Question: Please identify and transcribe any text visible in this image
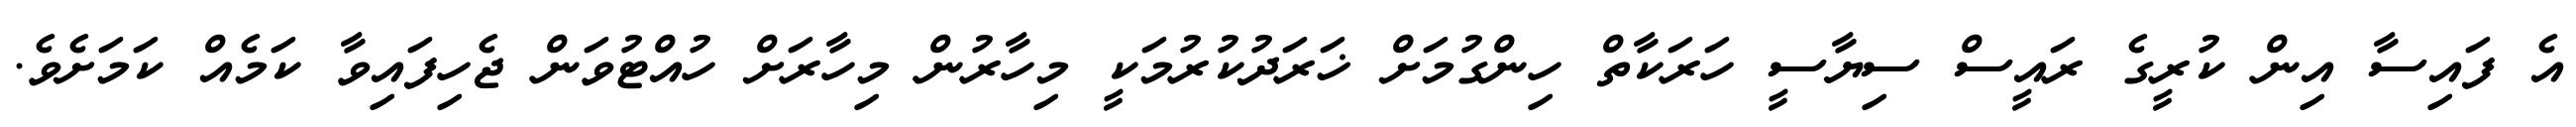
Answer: އެ ފައިސާ އިން ކުރީގެ ރައީސް ސިޔާސީ ހަރަކާތް ހިންގުމަށް ޚަރަދުކުރުމަކީ މިހާރުން މިހާރަށް ހުއްޓުވަން ޖެހިފައިވާ ކަމެއް ކަމަށެވެ.